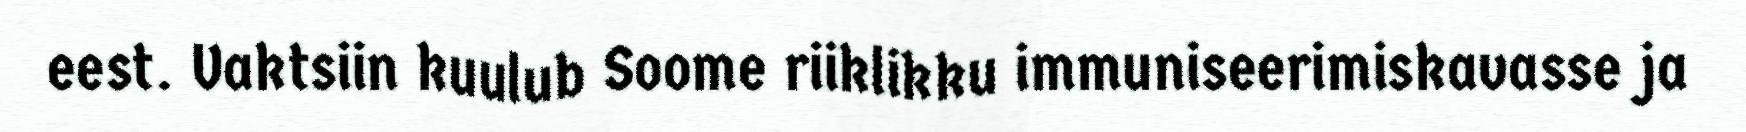
eest. Vaktsiin kuulub Soome riiklikku immuniseerimiskavasse ja